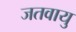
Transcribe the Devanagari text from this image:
जतवायु